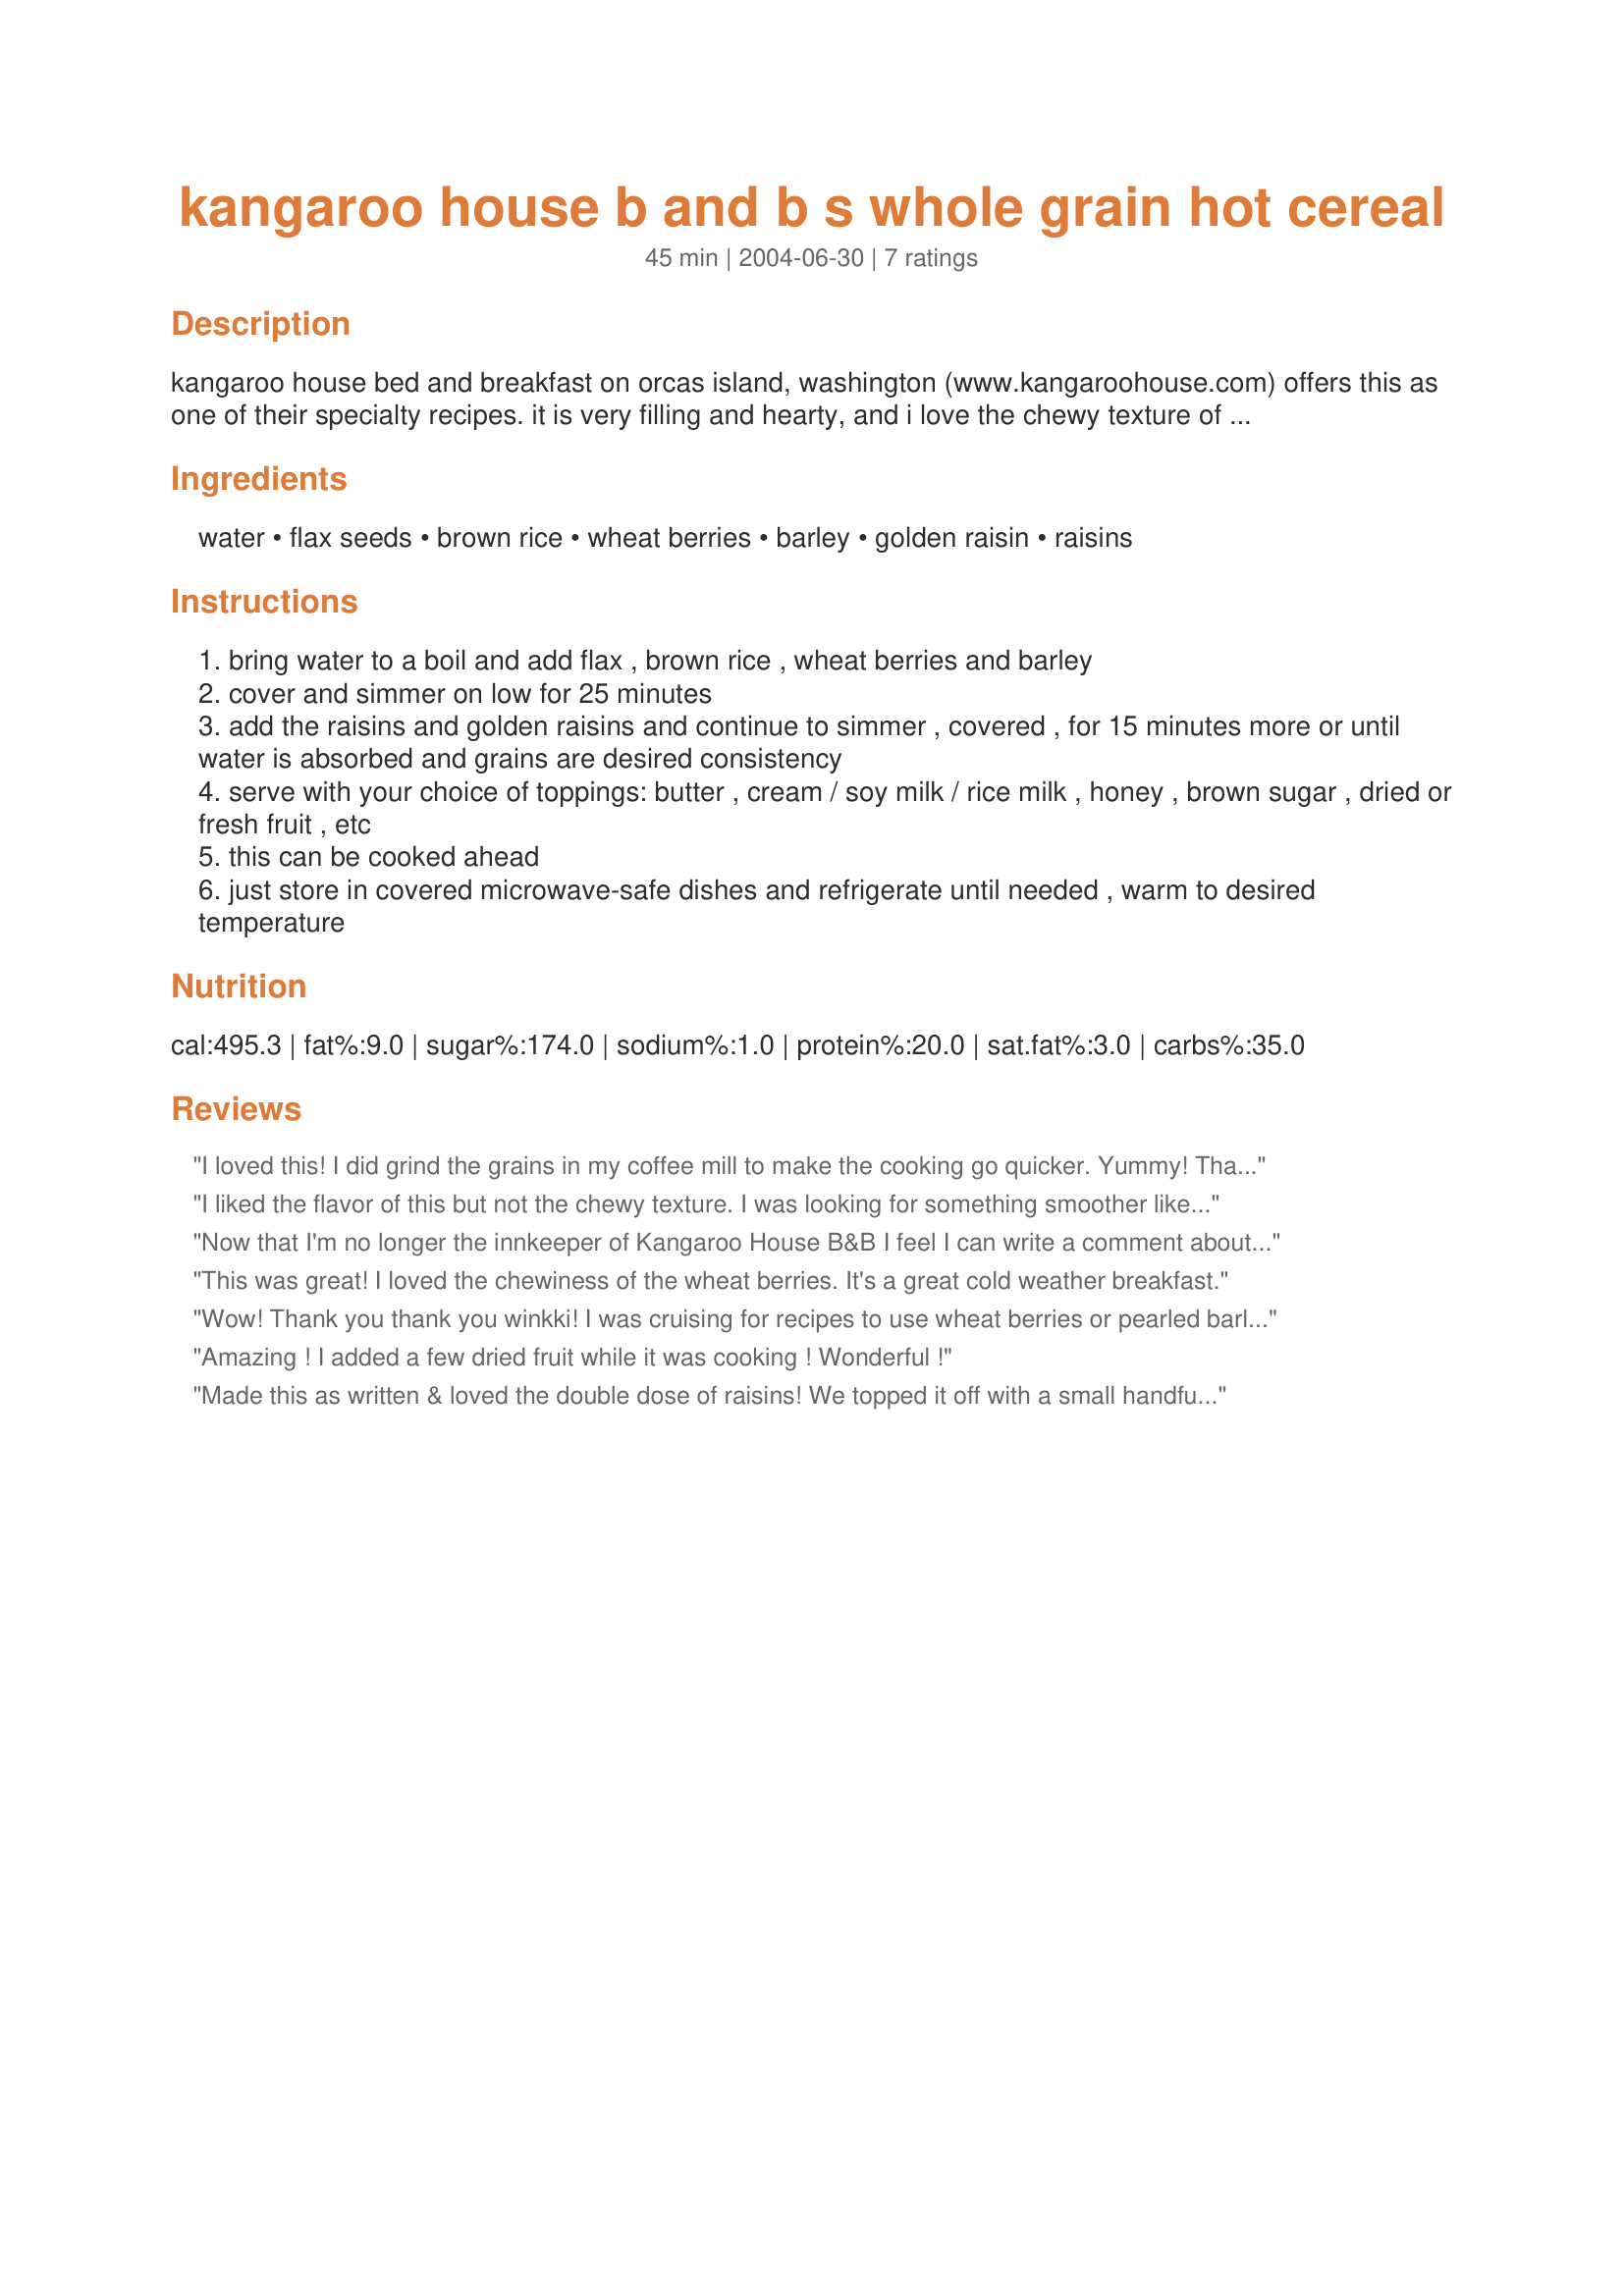
kangaroo house b and b s whole grain hot cereal
Preparation time: 45 minutes

kangaroo house bed and breakfast on orcas island, washington (www.kangaroohouse.com) offers this as one of their specialty recipes. it is very filling and hearty, and i love the chewy texture of the grains. i can't reliably find wheat berries where i live so am not always able to prepare it exactly as written (i just increase the barley and rice to make up the difference, or add in some kasha or similar grain as a substitute.) i usually add a tbsp or two of wheat germ, too. this is also good with dried cranberries/apricots/etc substituted for some of the raisins or with fruit (dried like dates or fresh like blueberries, yum!) served over the top at the end. this does not have anything sweet in the ingredients except the raisins; you may wish to top with honey, brown sugar, etc, although i also really like it just with butter and salt. i like cream on mine if i'm not going totally vegan, my kids like maple syrup. :)

Ingredients:
water, flax seeds, brown rice, wheat berries, barley, golden raisin, raisins

Steps:
bring water to a boil and add flax , brown rice , wheat berries and barley
cover and simmer on low for 25 minutes
add the raisins and golden raisins and continue to simmer , covered , for 15 minutes more or until water is absorbed and grains are desired consistency
serve with your choice of toppings: butter , cream / soy milk / rice milk , honey , brown sugar , dried or fresh fruit , etc
this can be cooked ahead
just store in covered microwave-safe dishes and refrigerate until needed , warm to desired temperature

Reviews:
I loved this! I did grind the grains in my coffee mill to make the cooking go quicker. Yummy! Thank you!
I liked the flavor of this but not the chewy texture. I was looking for something smoother like Cream of Wheat. So I omitted the raisins, put the grains in the blender for 1 minute on high (until they were powder), and then cooked 1/4 cup of the cereal mixture with 1 1/4 cup of boiling water for 5 to 7 minutes or so for a single serving. Wha-la! Homemade Cream of Wheat! It was great with a tablespoon of brown sugar and 1/3 cup milk.
Now that I'm no longer the innkeeper of Kangaroo House B&B I feel I can write a comment about this -- our most frequently requested recipe. Before we bought the inn (and still today) we'd make up a recipe on Sunday night, store it in individual portions in the 'frig, and microwave it for a couple of minutes when we needed a quick breakfast during the week.

We've made this recipe for decades, and still enjoy it.
This was great! I loved the chewiness of the wheat berries. It's a great cold weather breakfast.
Wow! Thank you thank you winkki! I was cruising for recipes to use wheat berries or pearled barley, and stumbled on this. DH couldn't believe no sugar was involved. 6yr old and 4yr old both approve of putting it in the breakfast rotation weekly. Followed recipe exactly, topped with apples and walnuts. 6yr old volunteered to add more walnuts! It's a keeper.
Amazing ! I added a few dried fruit while it was cooking ! Wonderful !
Made this as written & loved the double dose of raisins! We topped it off with a small handful of my homemade trail mix (almonds, cashews, all kinds of chopped dries fruits including mango, papaya, kiwi, strawberries, peaches, pears, cranberries, etc, etc) AND some soy milk! Next time I'd like to try this breakfast with some chocolate milk! Thanks for sharing! [Tagged, made & reviewed in US Regional Alphabet Tag, The West]
